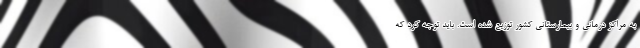
به مراکز درمانی و بیمارستانی کشور توزیع شده است. باید توجه کرد که